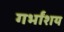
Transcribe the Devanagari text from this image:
गर्भांशय